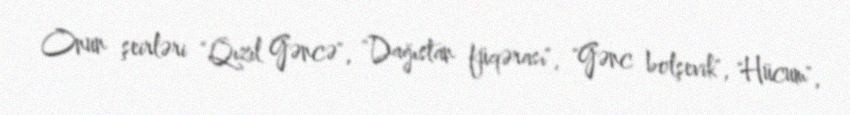
Onun şeirləri "Qızıl Gəncə", "Dağıstan füqərası", "Gənc bolşevik", "Hücum",